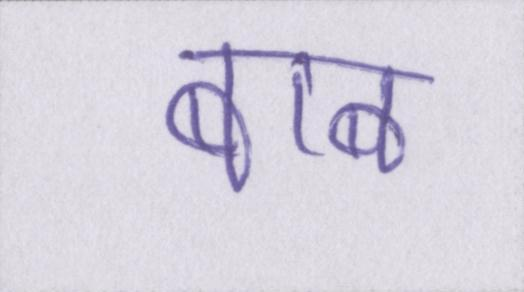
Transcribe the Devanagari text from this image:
बाब